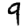
Digit: 9